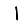
Digit: 1